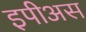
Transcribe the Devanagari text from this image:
इपीअस